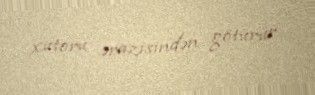
xutoru ərazisindən götürür.